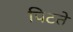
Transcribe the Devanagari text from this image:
पिटते